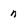
Character: n